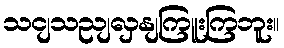
သငျသညျလှနျကြူးကြဘူး။